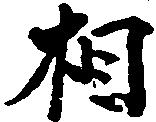
相